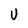
Character: U